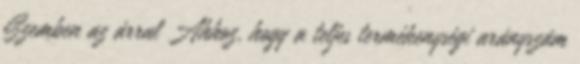
Szemben az árral Ahhoz, hogy a teljes termékenységi arányszám